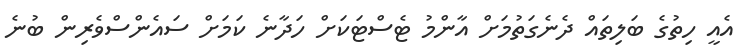
އެއީ ހިތުގެ ބަލިތައް ދެނެގަތުމަށް އާންމު ޓެސްޓަކަށް ހަދާނެ ކަމަށް ސައެންސްވެރިން ބުނެ